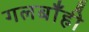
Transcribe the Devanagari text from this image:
गलबाँही